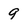
Character: 9